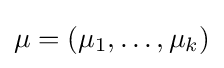
\mu =(\mu _{1},\ldots ,\mu _{k})